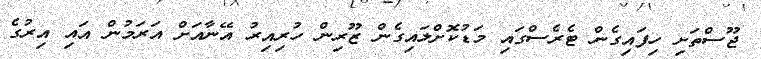
ޖޫސްތަށި ހިފައިގެން ޓެރެސްގައި މަޑުކޮށްލައިގެން ޒޫރިން ހުރިއިރު އޭނާއަށް އަރަމުން އައި އިރުގެ